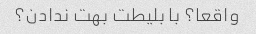
واقعا؟ با بلیطت بهت ندادن؟